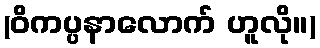
(ဝိကပ္ပနာလောက် ဟူလို။)